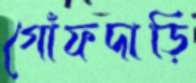
গোঁফদাড়ি